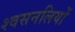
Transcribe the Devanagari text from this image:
श्वसनलियों